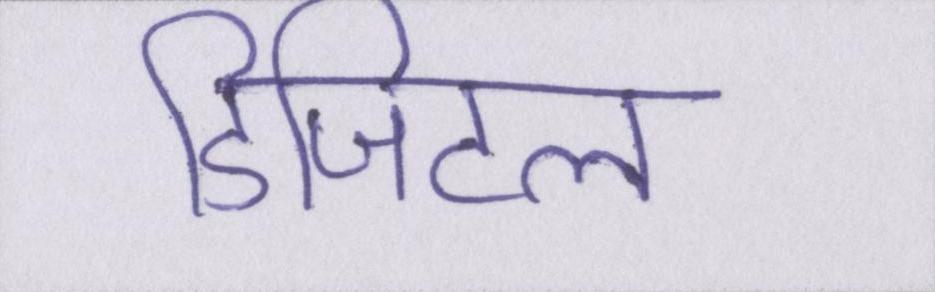
डिजिटल